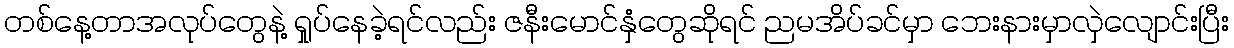
တစ်နေ့တာအလုပ်တွေနဲ့ ရှုပ်နေခဲ့ရင်လည်း ဇနီးမောင်နှံတွေဆိုရင် ညမအိပ်ခင်မှာ ဘေးနားမှာလှဲလျောင်းပြီး